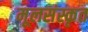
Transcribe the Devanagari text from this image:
मूलसंस्कृत